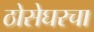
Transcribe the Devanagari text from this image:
ठोसेघरचा